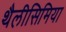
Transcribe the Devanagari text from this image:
थैलीसिमिया